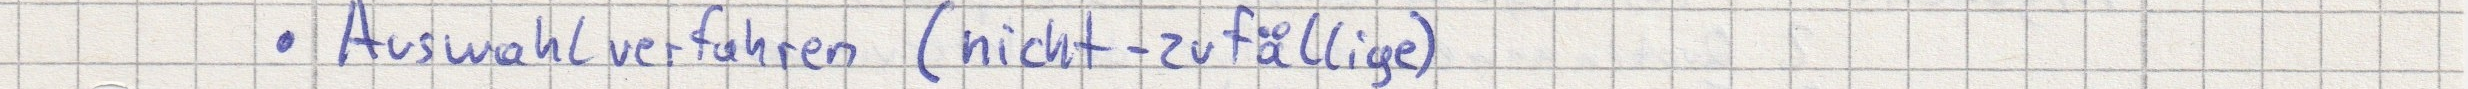
Auswahlverfahren (nicht-zufällige)